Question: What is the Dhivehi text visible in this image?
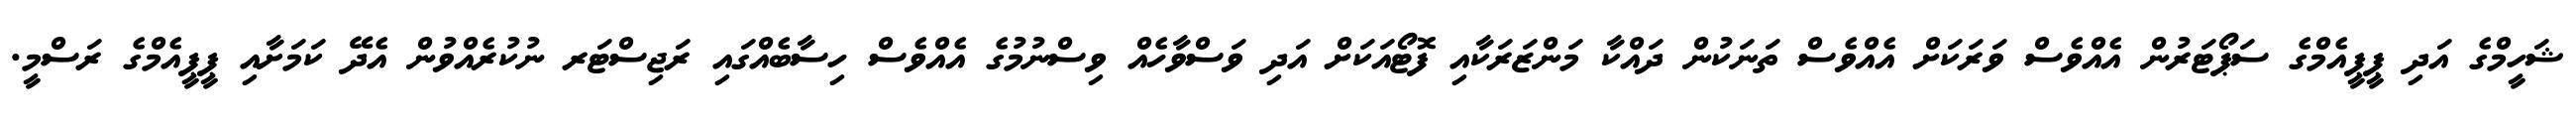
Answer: ޝަހީމްގެ އަދި ޕީޕީއެމްގެ ސަޕޯޓަރުން އެއްވެސް ވަރަކަށް އެއްވެސް ތަނަކުން ދައްކާ މަންޒަރަކާއި ފޮޓޯއަކަށް އަދި ވަސްވާހެއް ވިސްނުމުގެ އެއްވެސް ހިސާބެއްގައި ރަޖިސްޓަރ ނުކުރެއްވުން އެދޭ ކަމަށާއި ޕީޕީއެމްގެ ރަސްމީ.